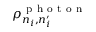
\rho _ { n _ { i } , n _ { i } ^ { \prime } } ^ { \mathrm { ~ p ~ h ~ o ~ t ~ o ~ n ~ } }